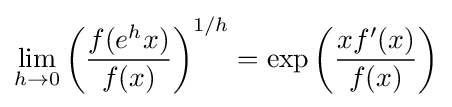
\lim _{h\to 0}{\left({f(e^{h}x) \over {f(x)}}\right)^{1/h}}=\exp \left({\frac {xf'(x)}{f(x)}}\right)